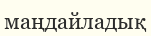
маңдайладық